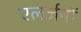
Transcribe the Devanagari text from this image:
एलर्जनों